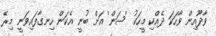
ވާދޫއިން ވާހަކަ ދެއްކި މީހަކު 'ސަން' އަށް ބުނީ އެކަން ހިނގާފައިވަނީ މިރޭ